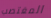
المغتصب